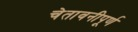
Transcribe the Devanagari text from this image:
चेतावनीपूर्ण